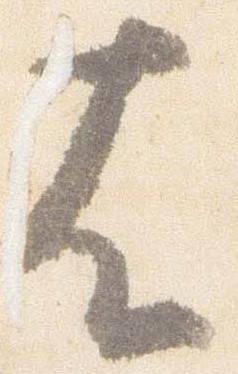
者